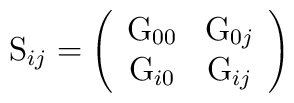
\mathrm{S}_{ij}=\left(\begin{array}{cc}\mathrm{G}_{00} & \mathrm{G}_{0j} \\\mathrm{G}_{i0} & \mathrm{G}_{ij}\end{array}\right)